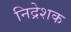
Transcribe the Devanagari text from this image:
निद्रेशक